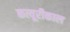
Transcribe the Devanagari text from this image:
कत्यूरीकाल